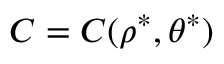
C = C ( \rho ^ { \ast } , \theta ^ { \ast } )